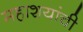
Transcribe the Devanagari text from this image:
महाशयांची